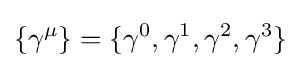
\{\gamma ^{\mu }\}=\{\gamma ^{0},\gamma ^{1},\gamma ^{2},\gamma ^{3}\}